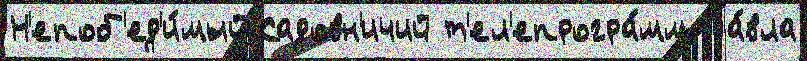
Н'епоб'ед'и́мый Садовн'ичий т'ел'епрогра́мм Па́вла